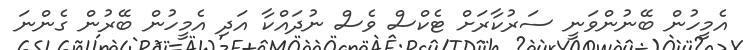
އެމީހުން ބޭނުންވަނީ ސަރުކާރަށް ޓެކްސް ވެސް ނުދައްކާ އަދި އެމީހުން ބޭރުން ގެންނަ